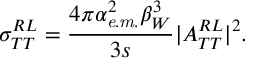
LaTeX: \sigma _ { T T } ^ { R L } = \frac { 4 \pi \alpha _ { \it e . m . } ^ { 2 } \beta _ { W } ^ { 3 } } { 3 s } \vert { \cal A } _ { T T } ^ { R L } \vert ^ { 2 } .